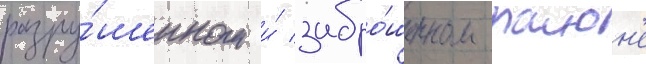
разру́шенном и́ забро́шенном раион'е